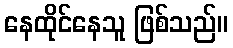
နေထိုင်နေသူ ဖြစ်သည်။